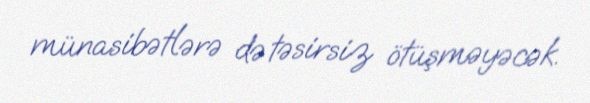
münasibətlərə də təsirsiz ötüşməyəcək.